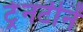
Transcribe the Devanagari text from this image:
ट्रेनटीनें